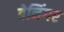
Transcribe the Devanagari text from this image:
बेनिंगर